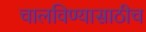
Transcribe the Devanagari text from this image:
चालविण्यासाठीच